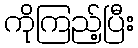
ကိုကြည့်ပြီး